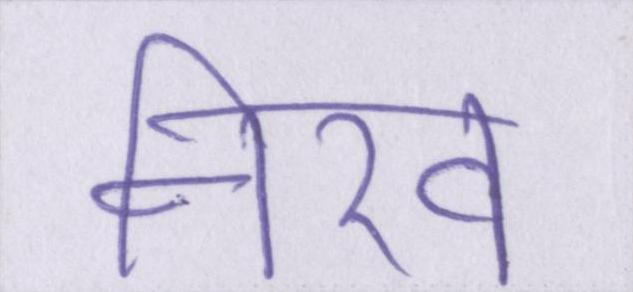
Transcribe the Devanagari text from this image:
नीरव